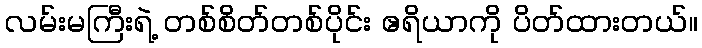
လမ်းမကြီးရဲ့ တစ်စိတ်တစ်ပိုင်း ဧရိယာကို ပိတ်ထားတယ်။